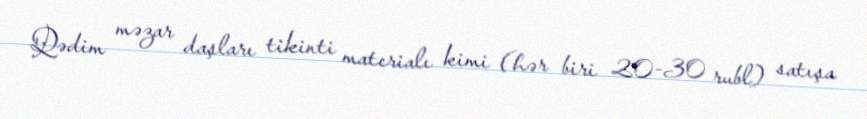
Qədim məzar daşları tikinti materialı kimi (hər biri 20-30 rubl) satışa